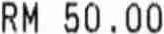
RM 50.00